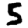
Digit: 5